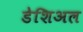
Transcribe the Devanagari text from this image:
डेशिअल